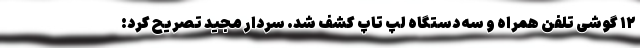
۱۲ گوشی تلفن همراه و سه دستگاه لپ تاپ کشف شد. سردار مجید تصریح کرد: